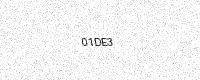
Text: 01DE3